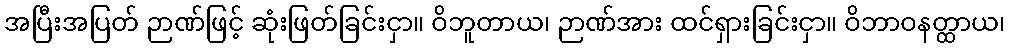
အပြီးအပြတ် ဉာဏ်ဖြင့် ဆုံးဖြတ်ခြင်းငှာ။ ဝိဘူတာယ၊ ဉာဏ်အား ထင်ရှားခြင်းငှာ။ ဝိဘာဝနတ္ထာယ၊